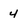
Character: 4